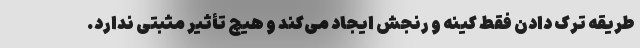
طریقه ترک دادن فقط کینه و رنجش ایجاد می‌کند و هیچ تأثیر مثبتی ندارد.